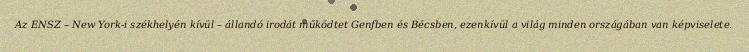
Az ENSZ – New York-i székhelyén kívül – állandó irodát működtet Genfben és Bécsben, ezenkívül a világ minden országában van képviselete.